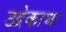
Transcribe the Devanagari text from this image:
उद्रेकाचा